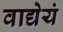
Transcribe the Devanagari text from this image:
वाद्येयं